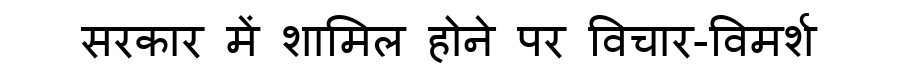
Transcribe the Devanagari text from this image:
सरकार में शामिल होने पर विचार-विमर्श